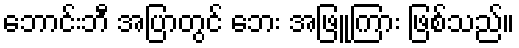
ဘောင်းဘီ အပြာတွင် ဘေး အဖြူကြား ဖြစ်သည်။